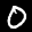
Label: 0